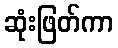
ဆုံးဖြတ်ကာ